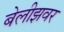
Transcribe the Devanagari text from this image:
बेलीझवर